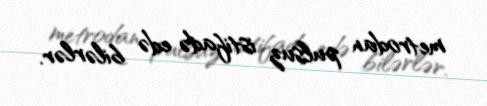
metrodan pulsuz istifadə edə bilərlər.